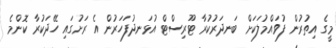
މީގެ އިތުރުން ފުވައްމުލަކަށް ބަނދަރުކުރާ ޓޫރިސްޓް އުޅަނދުފަހަރުން އެ ރަށުގައި ހޭދަކުރާ ކޮންމެ